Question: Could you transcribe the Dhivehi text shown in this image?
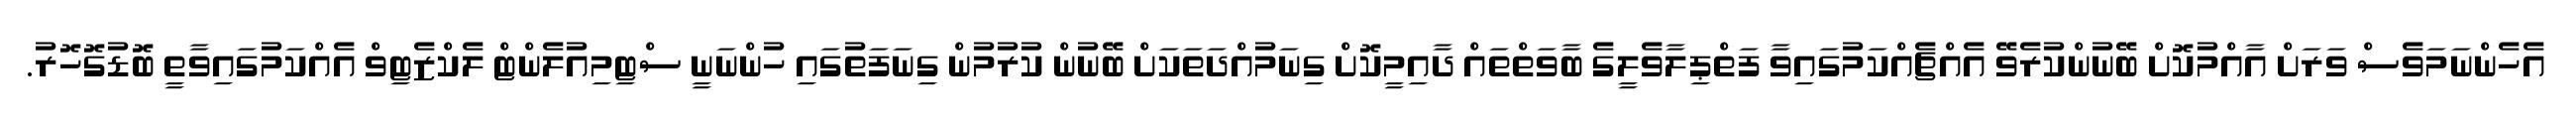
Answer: އެހެންނަމަވެސް ވަރަށް އާއްމުކޮށް ބޭނުންކުރެވޭ އެއްޗެއްކަމުގައިވާ ފަތްޕިލާވެލީގެ ބާވަތްތައް ދާއިމީކޮށް ގިނަމުއްދަތަކަށް ބޭނުން ކުރުމުން ގިނަފަތުގައި ހުންނަނީ ސްޓިމިއުލެންޓް ލެކްޒެޓިވް އެއްކަމުގައިވާތީ ބޮޑުގޮހޮރު.